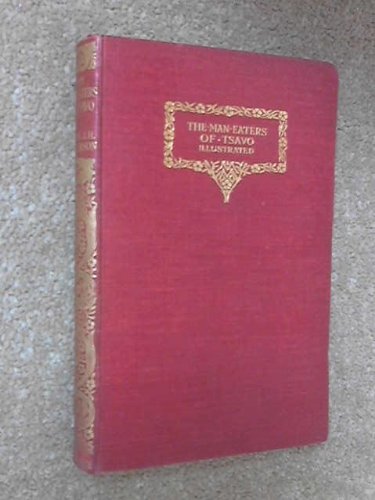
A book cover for The man-eaters of Tsavo and other African adventures,; John Henry Patterson; Travel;